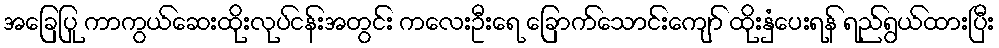
အခြေပြု ကာကွယ်ဆေးထိုးလုပ်ငန်းအတွင်း ကလေးဦးရေ ခြောက်သောင်းကျော် ထိုးနှံပေးရန် ရည်ရွယ်ထားပြီး